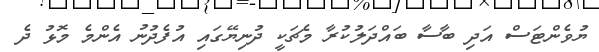
ޔުވެންޓަސް އަދި ބާސާ ބައްދަލުކުރާ މެޗަކީ ދުނިޔޭގައި އުފެދުނު އެންމެ މޮޅު ދެ